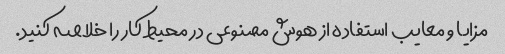
مزایا و معایب استفاده از هوش مصنوعی در محیط کار را خلاصه کنید.